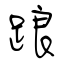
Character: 踉